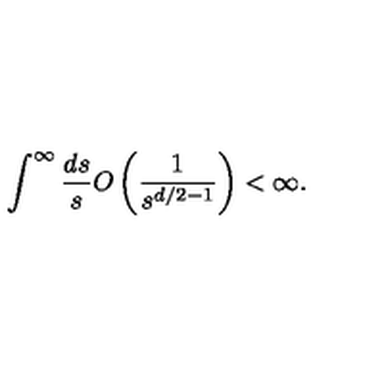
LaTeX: \int ^ { \infty } \frac { d s } { s } O \left( \frac { 1 } { s ^ { d / 2 - 1 } } \right) < \infty .